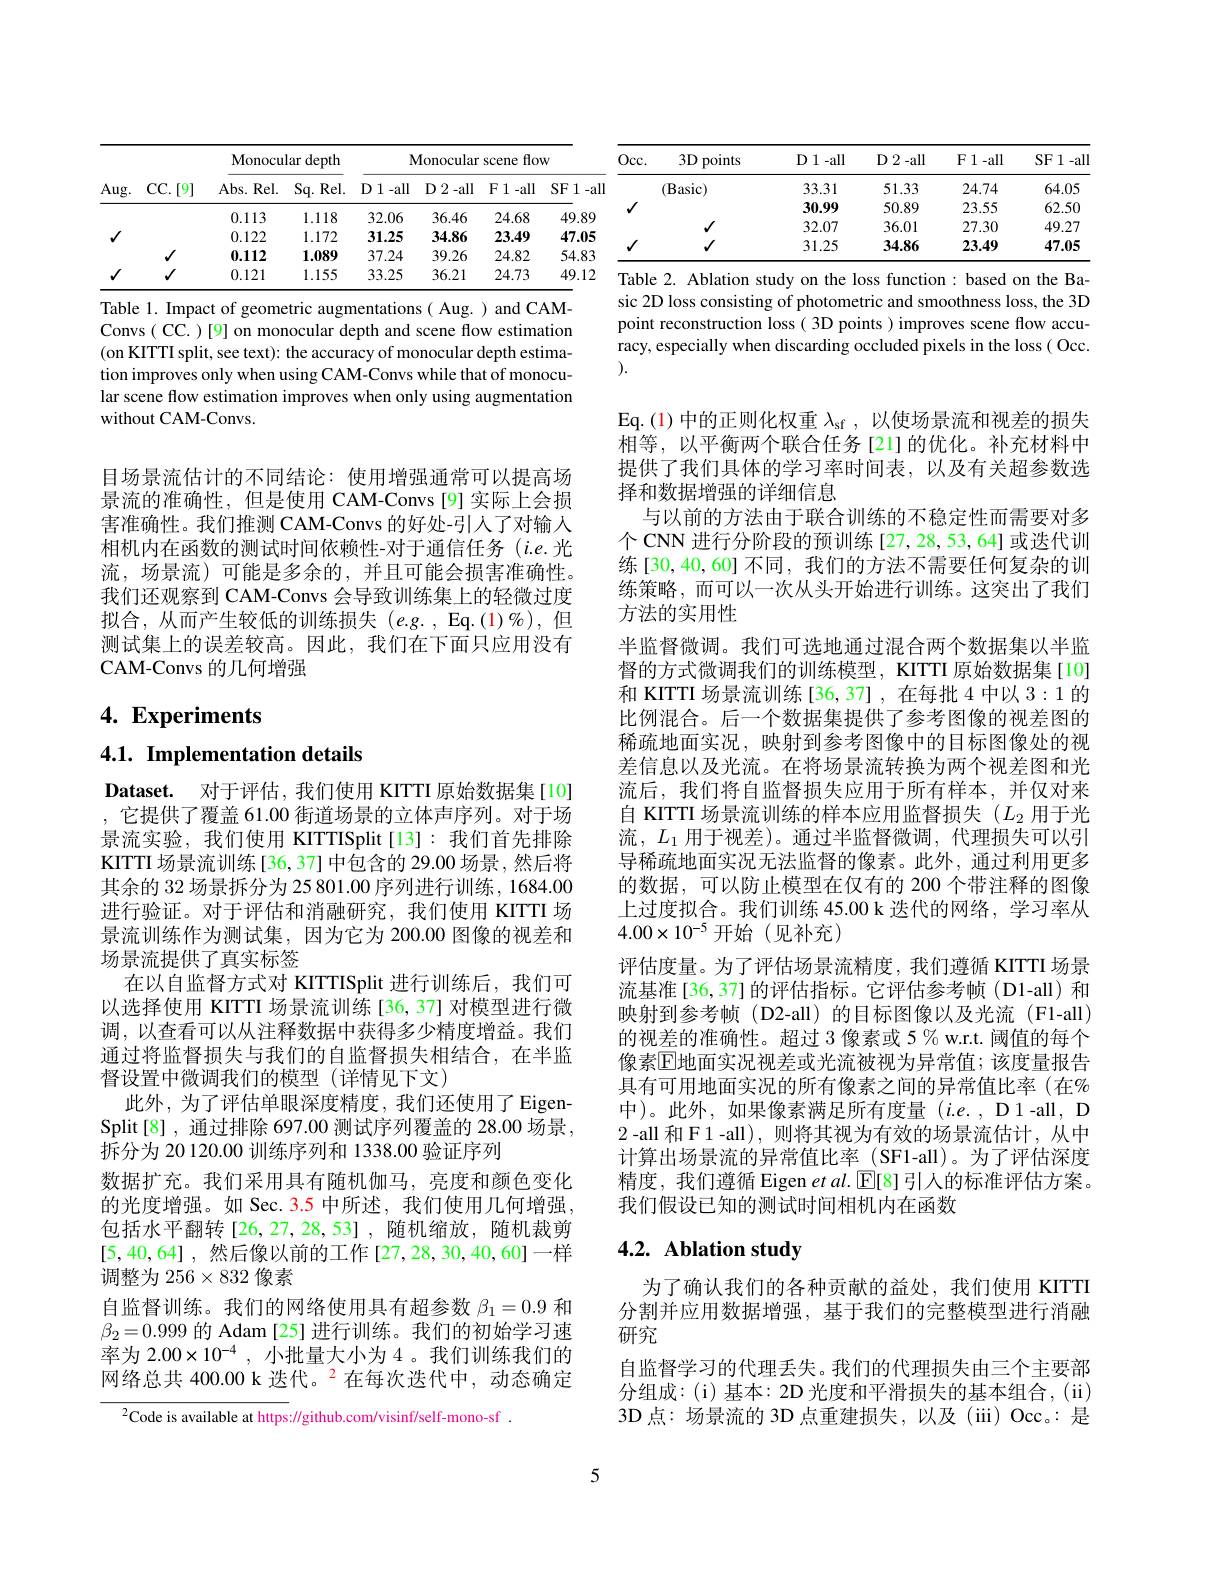
<table>
	<tbody>
		<tr>
			<th rowspan="2">Aug.</th>
			<th rowspan="2">CC. [ 9] </th>
			<th colspan="2">Monocular c depth</th>
			<th colspan="4">Monocular scene flow</th>
		</tr>
		<tr>
			<th>Abs. Rel. </th>
			<th>$Sq.Rel.$</th>
			<th>$D1-all$</th>
			<th>D 2 - all</th>
			<th>$F1-all$</th>
			<th>SF 1- all</th>
		</tr>
		<tr>
			<td rowspan="3">$√$</td>
			<td> </td>
			<td>0.113</td>
			<td>1.118</td>
			<td>32.06</td>
			<td>36.46</td>
			<td>24.68</td>
			<td>49.89</td>
		</tr>
		<tr>
			<td> </td>
			<td>0.122</td>
			<td>1.172</td>
			<td>31.25</td>
			<td>34.86</td>
			<td>23.49</td>
			<td>47.05</td>
		</tr>
		<tr>
			<td>$√$</td>
			<td>0.112</td>
			<td>1.089</td>
			<td>37.24</td>
			<td>39.26</td>
			<td>24.82</td>
			<td>54.83</td>
		</tr>
		<tr>
			<td>1</td>
			<td>$√$</td>
			<td>0.121</td>
			<td>1.155</td>
			<td>33.25</td>
			<td>36.21</td>
			<td>24.73</td>
			<td>49.12</td>
		</tr>
	</tbody>
</table>

Table 1. Impact of geometric augmentations( Aug. ) and CAMConvs ( CC. )[9] on monocular depth and scene flow estimation (on KITTI split, see text): the accuracy of monocular depth estimation improves only when using CAM-Convs while that of monocular scene flow estimation improves when only using augmentation without CAM-Convs.

目场景流估计的不同结论：使用增强通常可以提高场景流的准确性，但是使用 CAM-Convs[9]实际上会损害准确性。我们推测 CAM-Convs 的好处-引人了对输入相机内在函数的测试时间依赖性-对于通信任务(i.e.光流，场景流)可能是多余的，并且可能会损害准确性。我们还观察到 CAM-Convs 会导致训练集上的轻微过度拟合，从而产生较低的训练损失(e.g.,Eq.(1)%),但测试集上的误差较高。因此，我们在下面只应用没有CAM-Convs 的几何增强

# 4. Experiments

## 4.1. Implementation details

Dataset. 对于评估，我们使用 KITTI 原始数据集[10] ,它提供了覆盖 61.00 街道场景的立体声序列。对于场景流实验，我们使用 KITTISplit[13]:我们首先排除KITTI 场景流训练[36,37] 中包含的 29.00 场景 ,然后将其余的 32 场景拆分为 25 801.00 序列进行训练，1684.00进行验证。对于评估和消融研究，我们使用 KITTI 场景流训练作为测试集，因为它为 200.00 图像的视差和场景流提供了真实标签
在以自监督方式对 KITTISplit 进行训练后，我们可以选择使用 KITTI 场景流训练[36,37] 对模型进行微调，以查看可以从注释数据中获得多少精度增益。我们通过将监督损失与我们的自监督损失相结合，在半监督设置中微调我们的模型(详情见下文)
此外，为了评估单眼深度精度，我们还使用了EigenSplit[8], 通过排除 697.00 测试序列覆盖的 28.00 场景， 拆分为 20 120.00 训练序列和 1338.00 验证序列
数据扩充。我们采用具有随机伽马，亮度和颜色变化的光度增强。如 Sec. 3.5 中所述，我们使用几何增强， 包括水平翻转[26,27,28,53],随机缩放，随机裁剪[5,40,64] ,然后像以前的工作 [27,28,30,40,60]一样调整为 256$\times832$像素
自监督训练。我们的网络使用具有超参数$\beta_1=0.9$和$\beta_2=0.999$的 Adam [25] 进行训练。我们的初始学习速率为 2.00×10$^{-4}$ , 小批量大小为 4。我们训练我们的网络总共 400.00 k 迭代。$^{2}$在每次迭代中，动态确定
$^{2}$Code is available at https://github.com/visinf/self-mono-sf .

<table>
	<tbody>
		<tr>
			<th>$Occ.$</th>
			<th>$3D$ points</th>
			<th>D 1 - all</th>
			<th>${\mathrm{D~2~-all}}$</th>
			<th>$\mathbf{F}1-\mathbf{all}$</th>
			<th>SF 1- all</th>
		</tr>
		<tr>
			<td> </td>
			<td>(Basic)</td>
			<td>33.31</td>
			<td>51.33</td>
			<td>24.74</td>
			<td>64.05</td>
		</tr>
		<tr>
			<td rowspan="2">$√$</td>
			<td> </td>
			<td>30.99</td>
			<td>50.89</td>
			<td>23.55</td>
			<td>62.50</td>
		</tr>
		<tr>
			<td>$√$</td>
			<td>32.07</td>
			<td>36.01</td>
			<td>27.30</td>
			<td>49.27</td>
		</tr>
		<tr>
			<td>1</td>
			<td>$√$</td>
			<td>31.25</td>
			<td>34.86</td>
			<td>23.49</td>
			<td>47.05</td>
		</tr>
	</tbody>
</table>
Table 2. Ablation study on the loss function: based on the Ba-

sic 2D loss consisting of photometric and smoothness loss, the 3D point reconstruction loss( 3D points ) improves scene flow accuracy, especially when discarding occluded pixels in the loss( Occ. ).

Eq.(1)中的正则化权重$\lambda_\mathrm{sf}$,以使场景流和视差的损失相等，以平衡两个联合任务[21]的优化。补充材料中提供了我们具体的学习率时间表，以及有关超参数选择和数据增强的详细信息
与以前的方法由于联合训练的不稳定性而需要对多个 CNN 进行分阶段的预训练 [27,28,53,64] 或迭代训练[30,40,60]不同，我们的方法不需要任何复杂的训练策略，而可以一次从头开始进行训练。这突出了我们方法的实用性
半监督微调。我们可选地通过混合两个数据集以半监督的方式微调我们的训练模型，KITTI 原始数据集[10] 和 KITTI 场景流训练[36,37],在每批4中以 3:1 的比例混合。后一个数据集提供了参考图像的视差图的稀疏地面实况，映射到参考图像中的目标图像处的视差信息以及光流。在将场景流转换为两个视差图和光流后，我们将自监督损失应用于所有样本，并仅对来自 KITTI 场景流训练的样本应用监督损失($L_2$用于光流，$L_1$用于视差)。通过半监督微调，代理损失可以引导稀疏地面实况无法监督的像素。此外，通过利用更多的数据，可以防止模型在仅有的 200 个带注释的图像上过度拟合。我们训练 45.00 k 迭代的网络，学习率从$4.00\times10^{-5}$开始(见补充)
评估度量。为了评估场景流精度，我们遵循 KITTI 场景流基准[36,37]的评估指标。它评估参考帧(D1-all)和映射到参考帧(D2-all)的目标图像以及光流(F1-all) 的视差的准确性。超过 3 像素或 5 % w.r.t. 阈值的每个像素$\mathbb{E}$地面实况视差或光流被视为异常值；该度量报告具有可用地面实况的所有像素之间的异常值比率(在% 中)。此外，如果像素满足所有度量$(i.e.$, D1-all, D 2-all 和 F 1 -all),则将其视为有效的场景流估计，从中计算出场景流的异常值比率(SF1-all)。为了评估深度精度，我们遵循 Eigen $etal.$ [E[8] 引人的标准评估方案。我们假设已知的测试时间相机内在函数

# 4.2. Ablation study

为了确认我们的各种贡献的益处，我们使用 KITTI 分割并应用数据增强，基于我们的完整模型进行消融研究
自监督学习的代理丢失。我们的代理损失由三个主要部分组成：(i)基本：2D光度和平滑损失的基本组合，(ii) 3D 点：场景流的 3D 点重建损失，以及(iii) Occ。:是

5